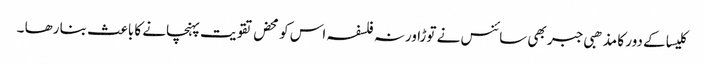
کلیسا کے دور کا مذھبی جبر بھی سائنس نے توڑا ورنہ فلسفہ اس کو محض تقویت پہنچانے کا باعث بنا رھا ۔